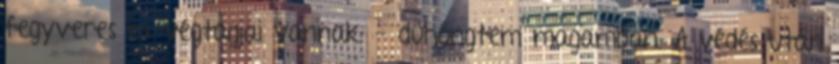
fegyveres művégtagjai vannak. - dühöngtem magamban. A védés után